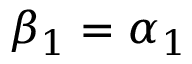
\beta _ { 1 } = \alpha _ { 1 }